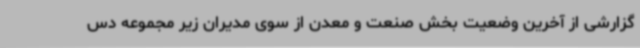
گزارشی از آخرین وضعیت بخش صنعت و معدن از سوی مدیران زیر مجموعه دس